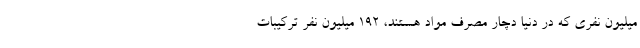
میلیون نفری که در دنیا دچار مصرف مواد هستند، ۱۹۲ میلیون نفر ترکیبات